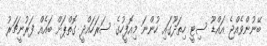
ބޭނުންވެއްޖެ އައްޑޫ ސިޓީ ހިތަދޫގައި ހުންނަ މިއޮފީހުގެ ސަރަހައްދީ ގޮތްޕަށް ބައެއް ފަރުނީޗަރު